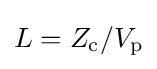
L=Z_{\mathrm {c} }/V_{\mathrm {p} }